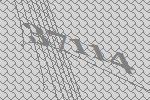
37114